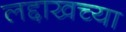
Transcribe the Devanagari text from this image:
लद्दाखच्या